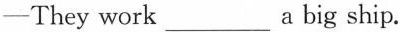
-They work___a big ship.